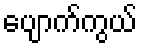
ပျောက်ကွယ်